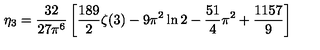
\eta _ { 3 } = \frac { 3 2 } { 2 7 \pi ^ { 6 } } \left[ \frac { 1 8 9 } { 2 } \zeta ( 3 ) - 9 \pi ^ { 2 } \ln 2 - \frac { 5 1 } { 4 } \pi ^ { 2 } + \frac { 1 1 5 7 } { 9 } \right]